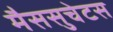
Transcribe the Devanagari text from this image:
मैससुचेटस